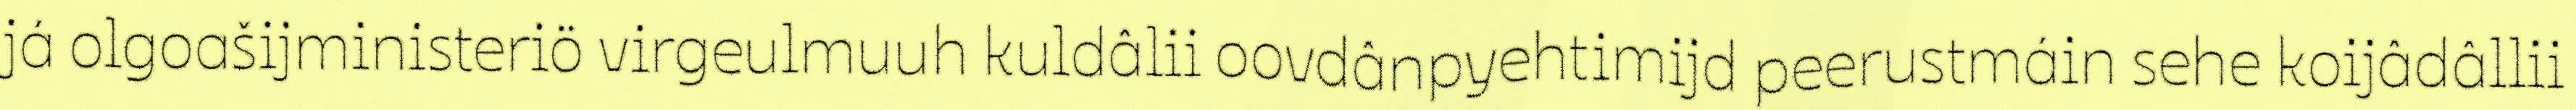
já olgoašijministeriö virgeulmuuh kuldâlii oovdânpyehtimijd peerustmáin sehe koijâdâllii